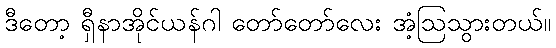
ဒီတော့ ရှီနာအိုင်ယန်ဂါ တော်တော်လေး အံ့ဩသွားတယ်။